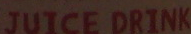
JUICE DRINK